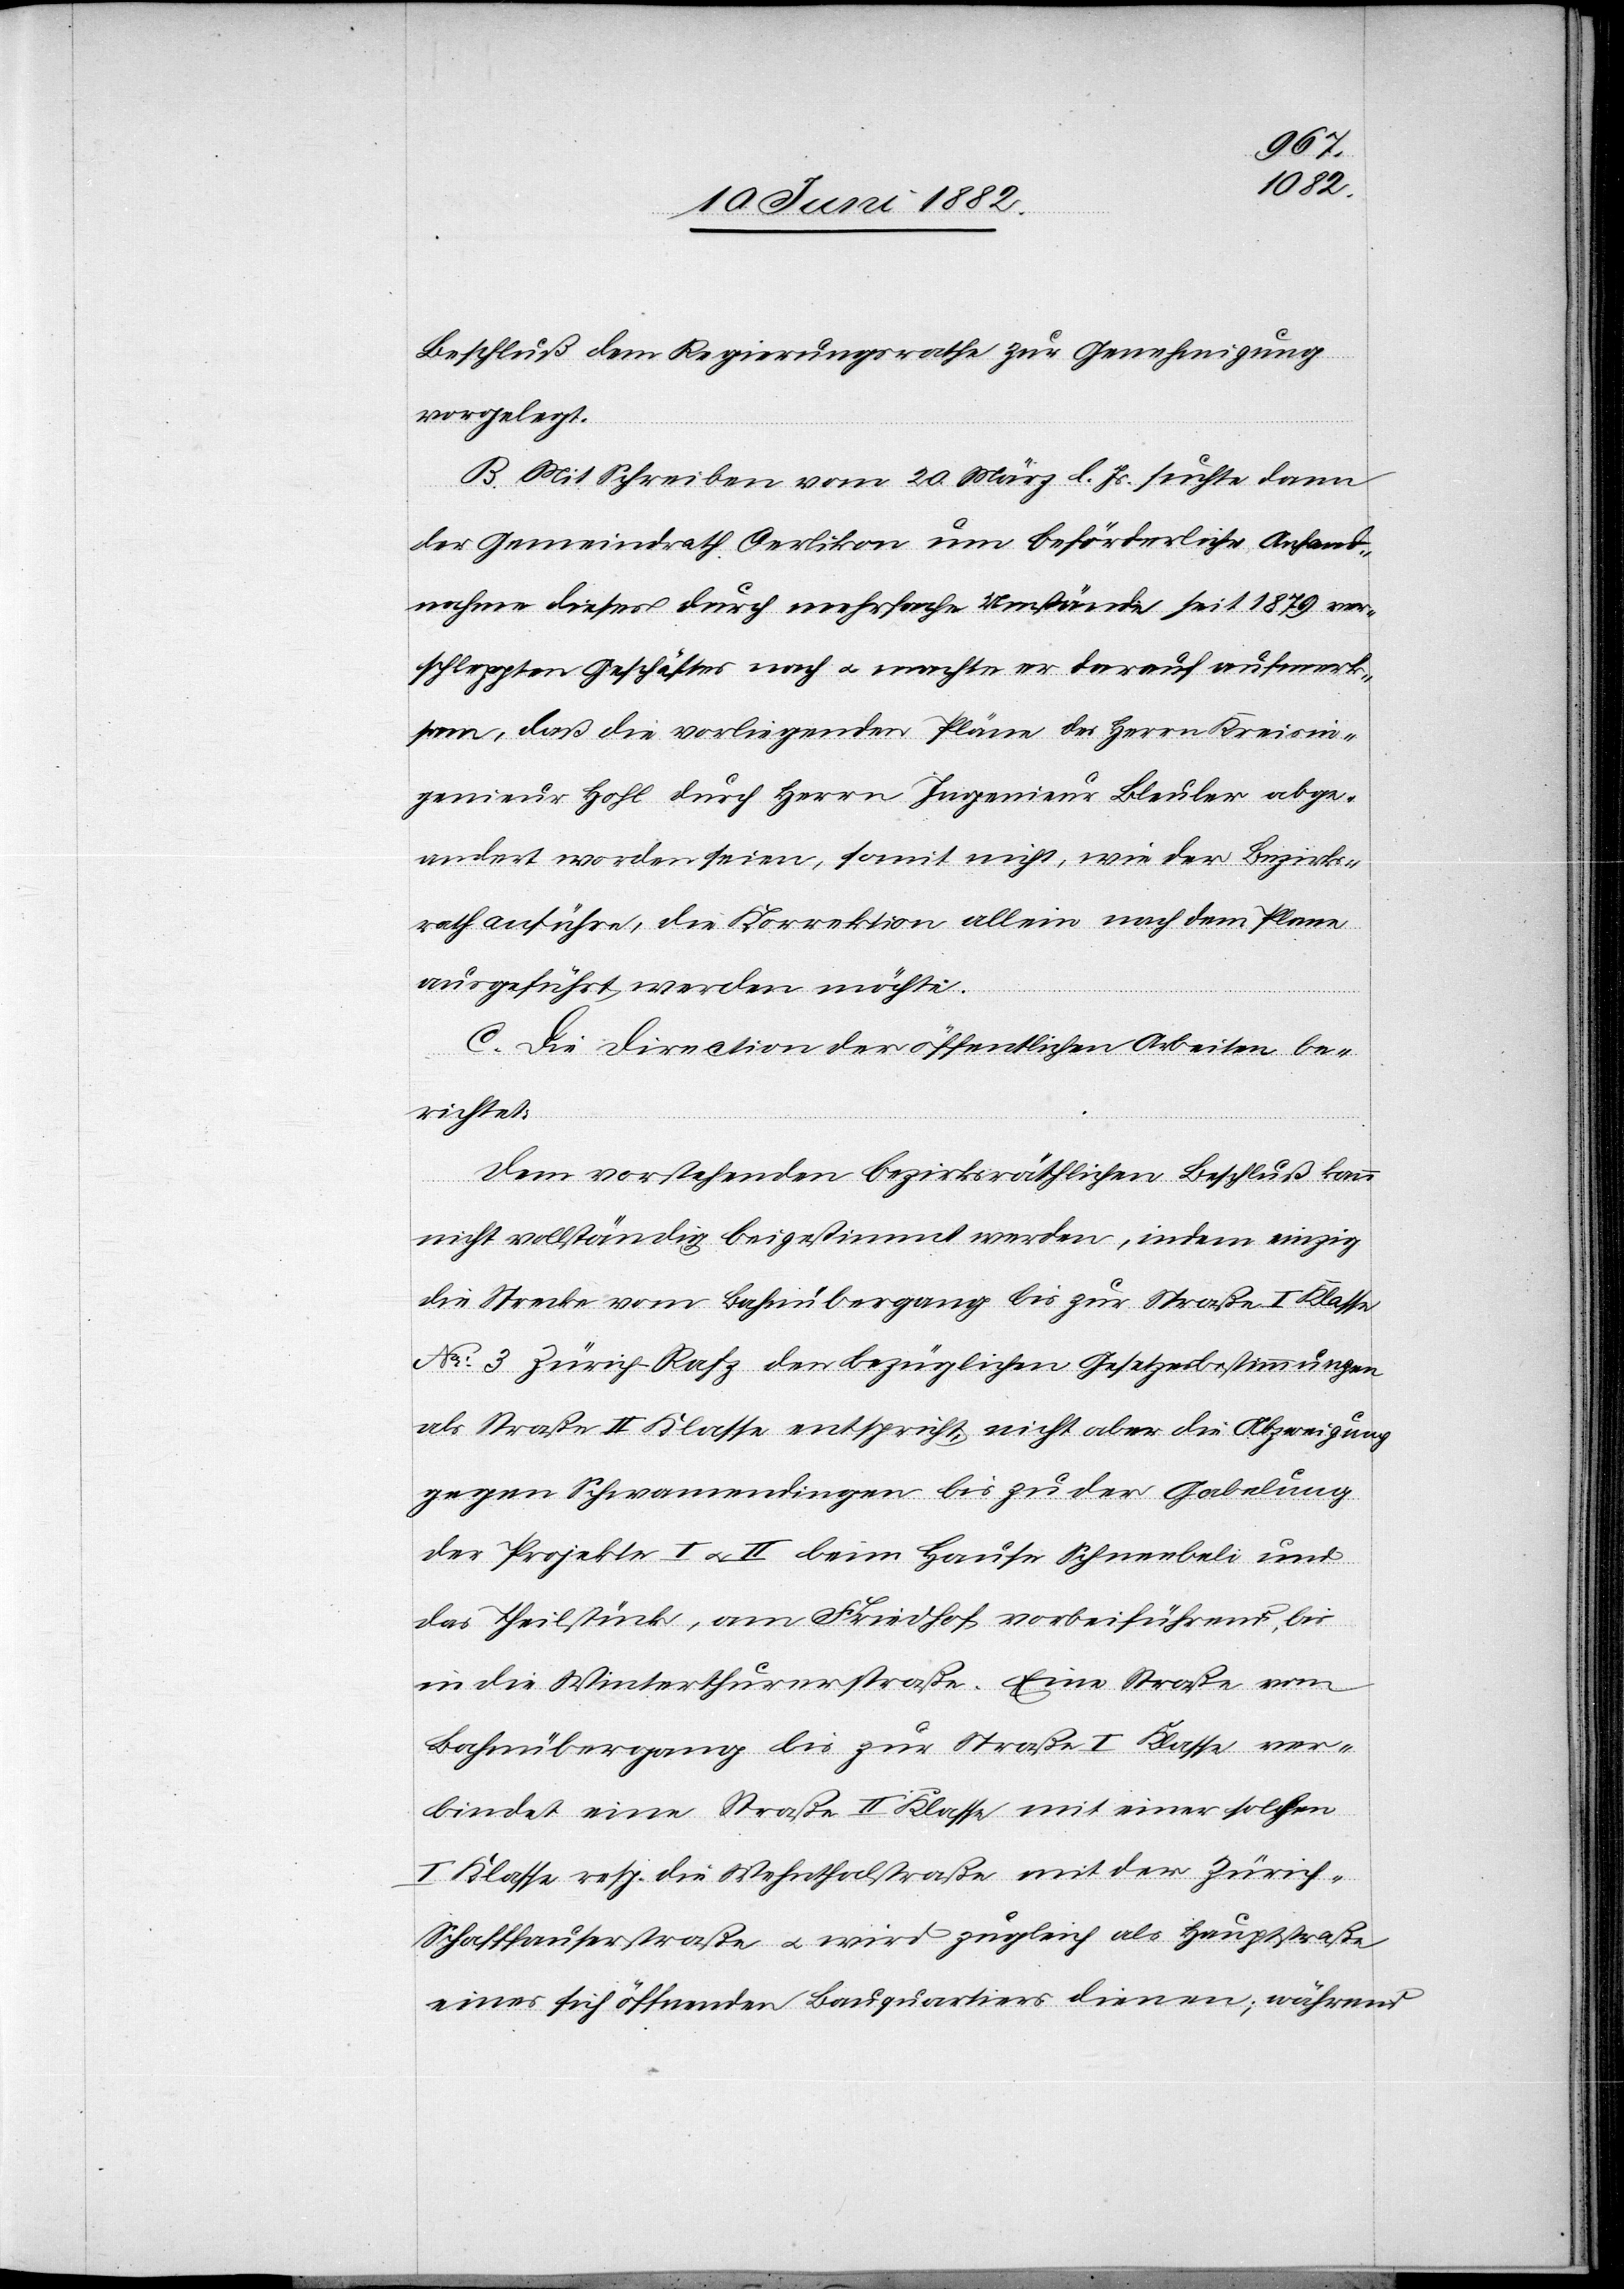
Beschluß dem Regierungsrath zur Genehmigung
vorgelegt.
B. Mit Schreiben vom 20. März l. Js. suchte dann
der Gemeindrath Oerlikon um beförderliche Anhand¬
nahme dieses durch mehrfache Umstände seit 1879 ver¬
schleppten Geschäftes nach u. machte er darauf aufmerk¬
sam, daß die vorliegenden Pläne des Herrn Kreisin¬
genieur Hohl durch Herrn Ingenieur Bleuler abge¬
ändert worden seien, somit nicht, wie der Bezirks¬
rath anführe, die Korrektion allein nach dem Plane
ausgeführt werden möchte.
C. Die Direction der öffentlichen Arbeiten be¬
richtet:
Dem vorstehenden bezirksräthlichen Beschluß kann
nicht vollständig beigestimmt werden, indem einzig
die Strecke vom Bahnübergang bis zur Straße I. Klasse
No 3 Zürich–Rafz den bezüglichen Gesetzesbestimmungen
als Straße II. Klasse entspricht, nicht aber die Abzweigung
gegen Schwamendingen bis zu der Gabelung
der Projekte I u. II beim Hause Schneebeli und
das Theilstück, am Friedhof vorbeiführend, bis
in die Winterthurerstraße. Eine Straße vom
Bahnübergang bis zur Straße I. Klasse ver¬
bindet eine Straße II. Klasse mit einer solchen
I. Klasse resp. die Wehnthalstraße mit der Züric¬
h–Schaffhauserstraße u. wird zugleich als Hauptstraße
eines sich öffnenden Bauquartiers dienen; während